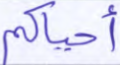
أحياكم